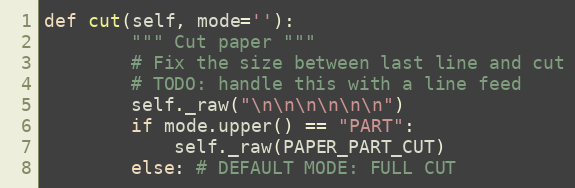
Language: Python
def cut(self, mode=''):
        """ Cut paper """
        # Fix the size between last line and cut
        # TODO: handle this with a line feed
        self._raw("\n\n\n\n\n\n")
        if mode.upper() == "PART":
            self._raw(PAPER_PART_CUT)
        else: # DEFAULT MODE: FULL CUT